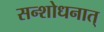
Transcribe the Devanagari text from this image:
सन्शोधनात्